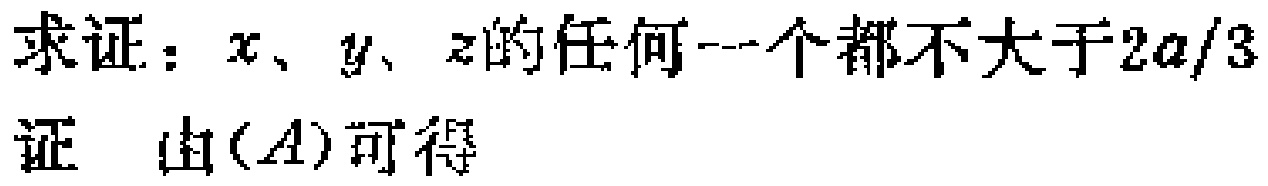
求证：$x$、$y$、$z$的任何一个都不大于$2a/3$
证  由$(A)$可得